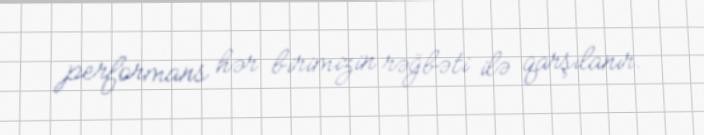
performans hər birimizin rəğbəti ilə qarşılanır.